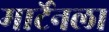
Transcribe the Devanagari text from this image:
मार्टेनला